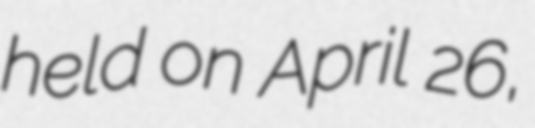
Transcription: held on April 26,